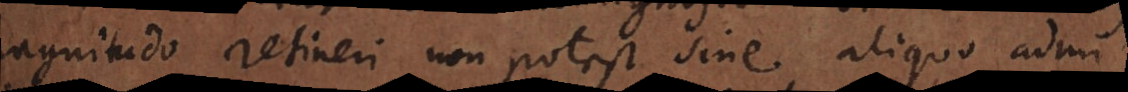
magnitudo retineri non potest sine aliquo adm